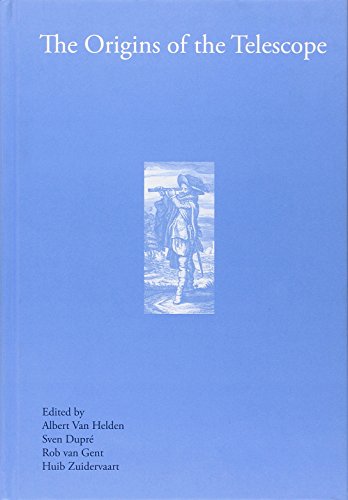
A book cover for The Origins of the Telescope (History of Science and Scholarship in the Netherlands); Science & Math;